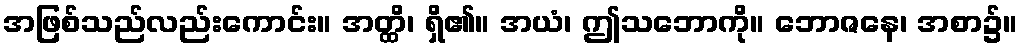
အဖြစ်သည်လည်းကောင်း။ အတ္ထိ၊ ရှိ၏။ အယံ၊ ဤသဘောကို။ ဘောဇနေ၊ အစာ၌။